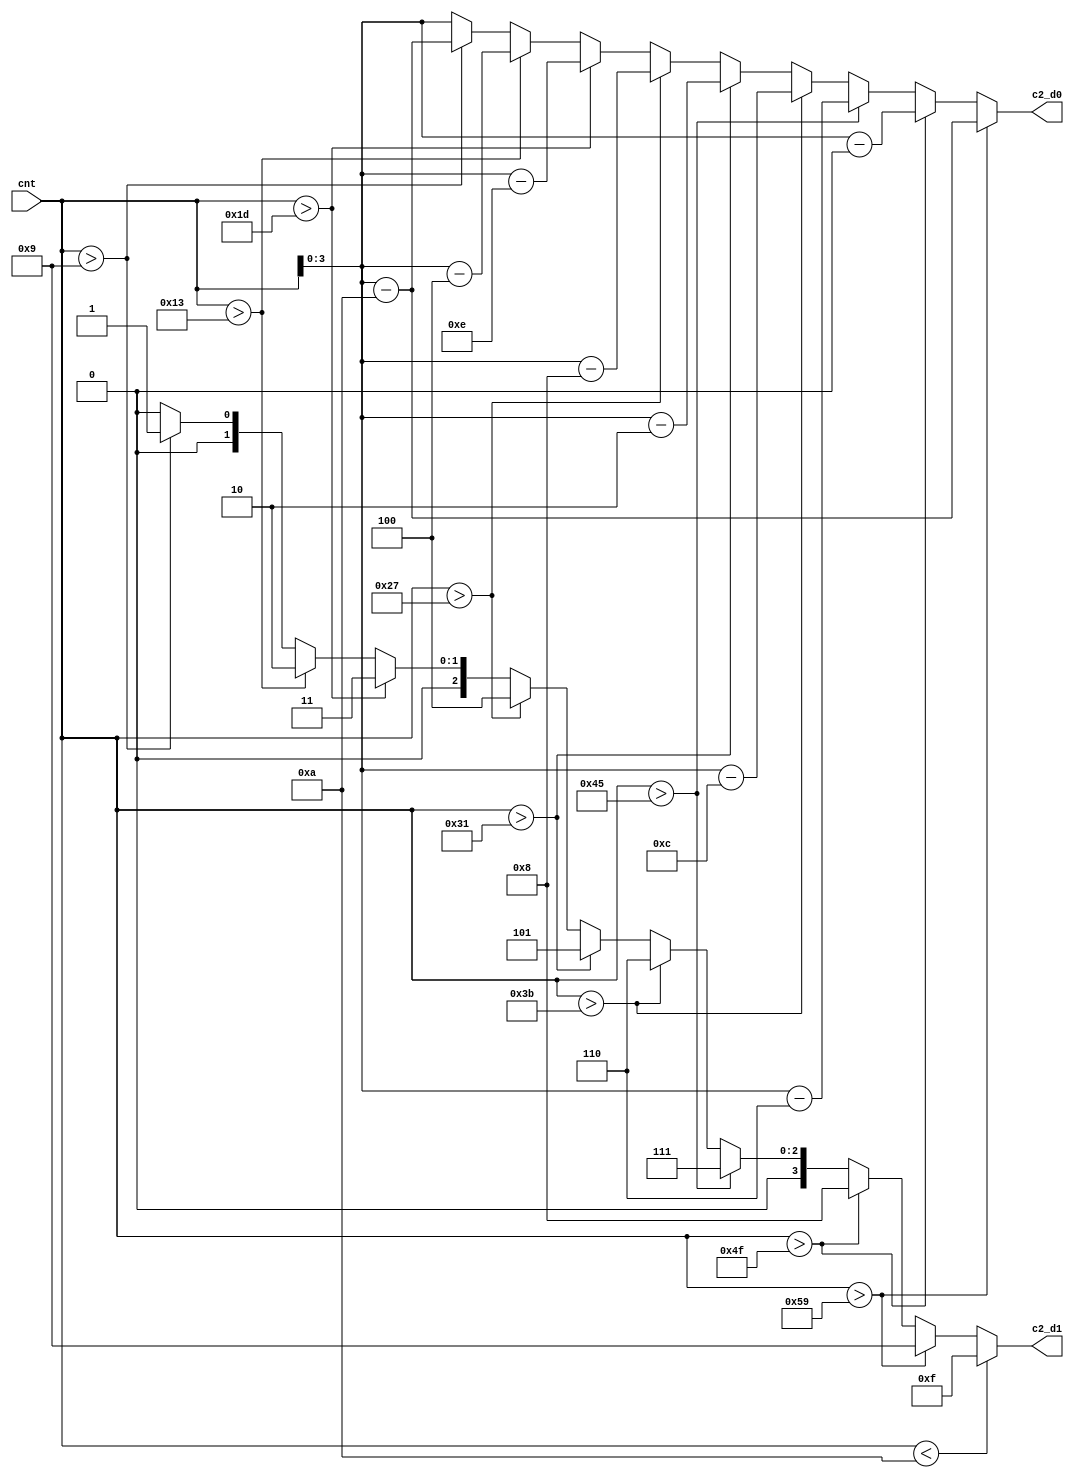
//- converts 7-bit binary to 2 digit decimal
module cnt_convert_7b(
    input [6:0] cnt,
    output reg [3:0] c2_d1,
    output reg [3:0] c2_d0
    );
    
    reg [7:0] cnt_new;      // working value  
    reg [7:0] cnt_new_w;    // working value 
   
    // BCD intermediates   
    reg [3:0] d1;     // 10's digit
    reg [3:0] d0;     // 1's digit
      
    //- decimal (2 digit) to BCD conversion 
    always @ (cnt_new)
    begin
       d1=0;  d0=0; 
        
       cnt_new_w = cnt; 

       // handle 10's digit
       if      (cnt_new_w > 89) begin   d1=9;   cnt_new_w = cnt_new_w - 90;  end
       else if (cnt_new_w > 79) begin   d1=8;   cnt_new_w = cnt_new_w - 80;  end 
       else if (cnt_new_w > 69) begin   d1=7;   cnt_new_w = cnt_new_w - 70;  end 
       else if (cnt_new_w > 59) begin   d1=6;   cnt_new_w = cnt_new_w - 60;  end 
       else if (cnt_new_w > 49) begin   d1=5;   cnt_new_w = cnt_new_w - 50;  end 
       else if (cnt_new_w > 39) begin   d1=4;   cnt_new_w = cnt_new_w - 40;  end 
       else if (cnt_new_w > 29) begin   d1=3;   cnt_new_w = cnt_new_w - 30;  end 
       else if (cnt_new_w > 19) begin   d1=2;   cnt_new_w = cnt_new_w - 20;  end 
       else if (cnt_new_w > 9)  begin   d1=1;   cnt_new_w = cnt_new_w - 10;  end 
       else                     begin   d1=0;   end 

       // handle 1's digit 
       d0 = cnt_new_w[3:0]; 
    end
    

    // handles the lead zero blanking
    always @ (cnt, d1, d0)
    begin
       if (cnt < 10)  // 10's digit
          c2_d1 = 'hF; 
       else 
          c2_d1 = d1;
          
       c2_d0 = d0;       // 1's digit never blank
    end 
    
endmodule